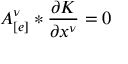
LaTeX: A _ { [ e ] } ^ { \nu } * \frac { \partial K } { \partial x ^ { \nu } } = 0